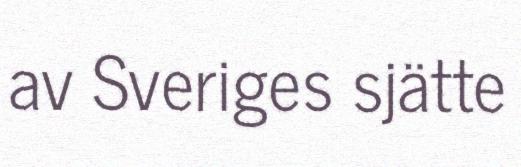
av Sveriges sjätte